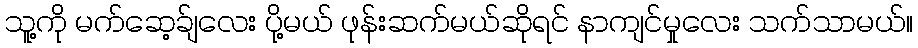
သူ့ကို မက်ဆေ့ခ်ျလေး ပို့မယ် ဖုန်းဆက်မယ်ဆိုရင် နာကျင်မှုလေး သက်သာမယ်။